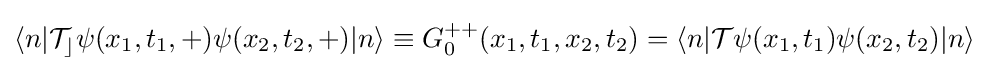
\langle n|{\mathcal {T_{c}}}\psi (x_{1},t_{1},+)\psi (x_{2},t_{2},+)|n\rangle \equiv G_{0}^{++}(x_{1},t_{1},x_{2},t_{2})=\langle n|{\mathcal {T}}\psi (x_{1},t_{1})\psi (x_{2},t_{2})|n\rangle